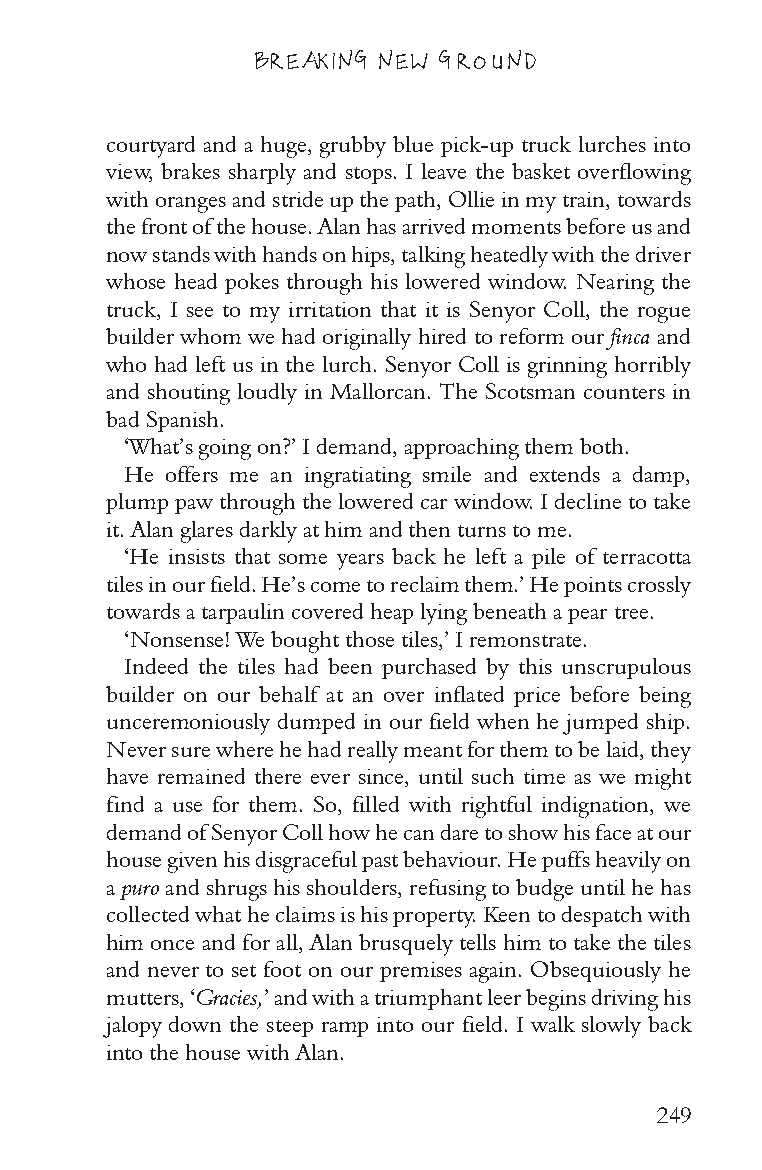
BREAKING NEW GROUND
 courtyard and a huge, grubby blue pick-up truck lurches into
 view, brakes sharply and stops. I leave the basket overflowing
 with oranges and stride up the path, Ollie in my train, towards
 the front of the house. Alan has arrived moments before us and
 now stands with hands on hips, talking heatedly with the driver
 whose head pokes through his lowered window. Nearing the
 truck, I see to my irritation that it is Senyor Coll, the rogue
 builder whom we had originally hired to reform our finca and
 who had left us in the lurch. Senyor Coll is grinning horribly
 and shouting loudly in Mallorcan. The Scotsman counters in
 bad Spanish.
 ‘What’s going on?’ I demand, approaching them both.
 He offers me an ingratiating smile and extends a damp,
 plump paw through the lowered car window. I decline to take
 it. Alan glares darkly at him and then turns to me.
 ‘He insists that some years back he left a pile of terracotta
 tiles in our field. He’s come to reclaim them.’ He points crossly
 towards a tarpaulin covered heap lying beneath a pear tree.
 ‘Nonsense! We bought those tiles,’ I remonstrate.
 Indeed the tiles had been purchased by this unscrupulous
 builder on our behalf at an over inflated price before being
 unceremoniously dumped in our field when he jumped ship.
 Never sure where he had really meant for them to be laid, they
 have remained there ever since, until such time as we might
 find a use for them. So, filled with rightful indignation, we
 demand of Senyor Coll how he can dare to show his face at our
 house given his disgraceful past behaviour. He puffs heavily on
 a puro and shrugs his shoulders, refusing to budge until he has
 collected what he claims is his property. Keen to despatch with
 him once and for all, Alan brusquely tells him to take the tiles
 and never to set foot on our premises again. Obsequiously he
 mutters, ‘Gracies,’ and with a triumphant leer begins driving his
 jalopy down the steep ramp into our field. I walk slowly back
 into the house with Alan.
 249